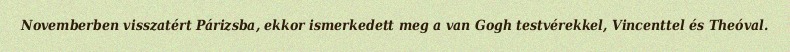
Novemberben visszatért Párizsba, ekkor ismerkedett meg a van Gogh testvérekkel, Vincenttel és Theóval.